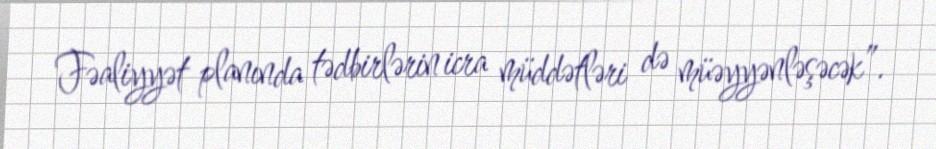
Fəaliyyət planında tədbirlərin icra müddətləri də müəyyənləşəcək”.